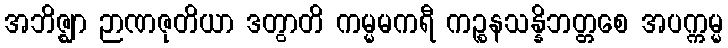
အဘိဇ္ဈာ ဉာဏဇုတိယာ ဒတွာတိ ကမ္မမကရီ ကဉ္စနသန္နိဘတ္တစေ အပက္ကမ္မ